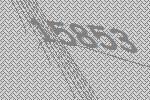
15853